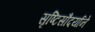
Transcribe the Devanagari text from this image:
सृष्टिसौंदर्याने